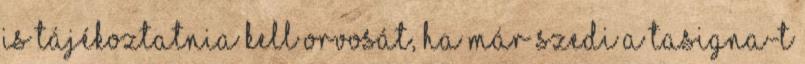
is tájékoztatnia kell orvosát, ha már szedi a Tasigna-t